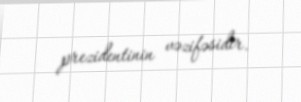
prezidentinin vəzifəsidir.